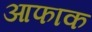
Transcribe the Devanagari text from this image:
आफाक